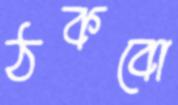
ঠকবো